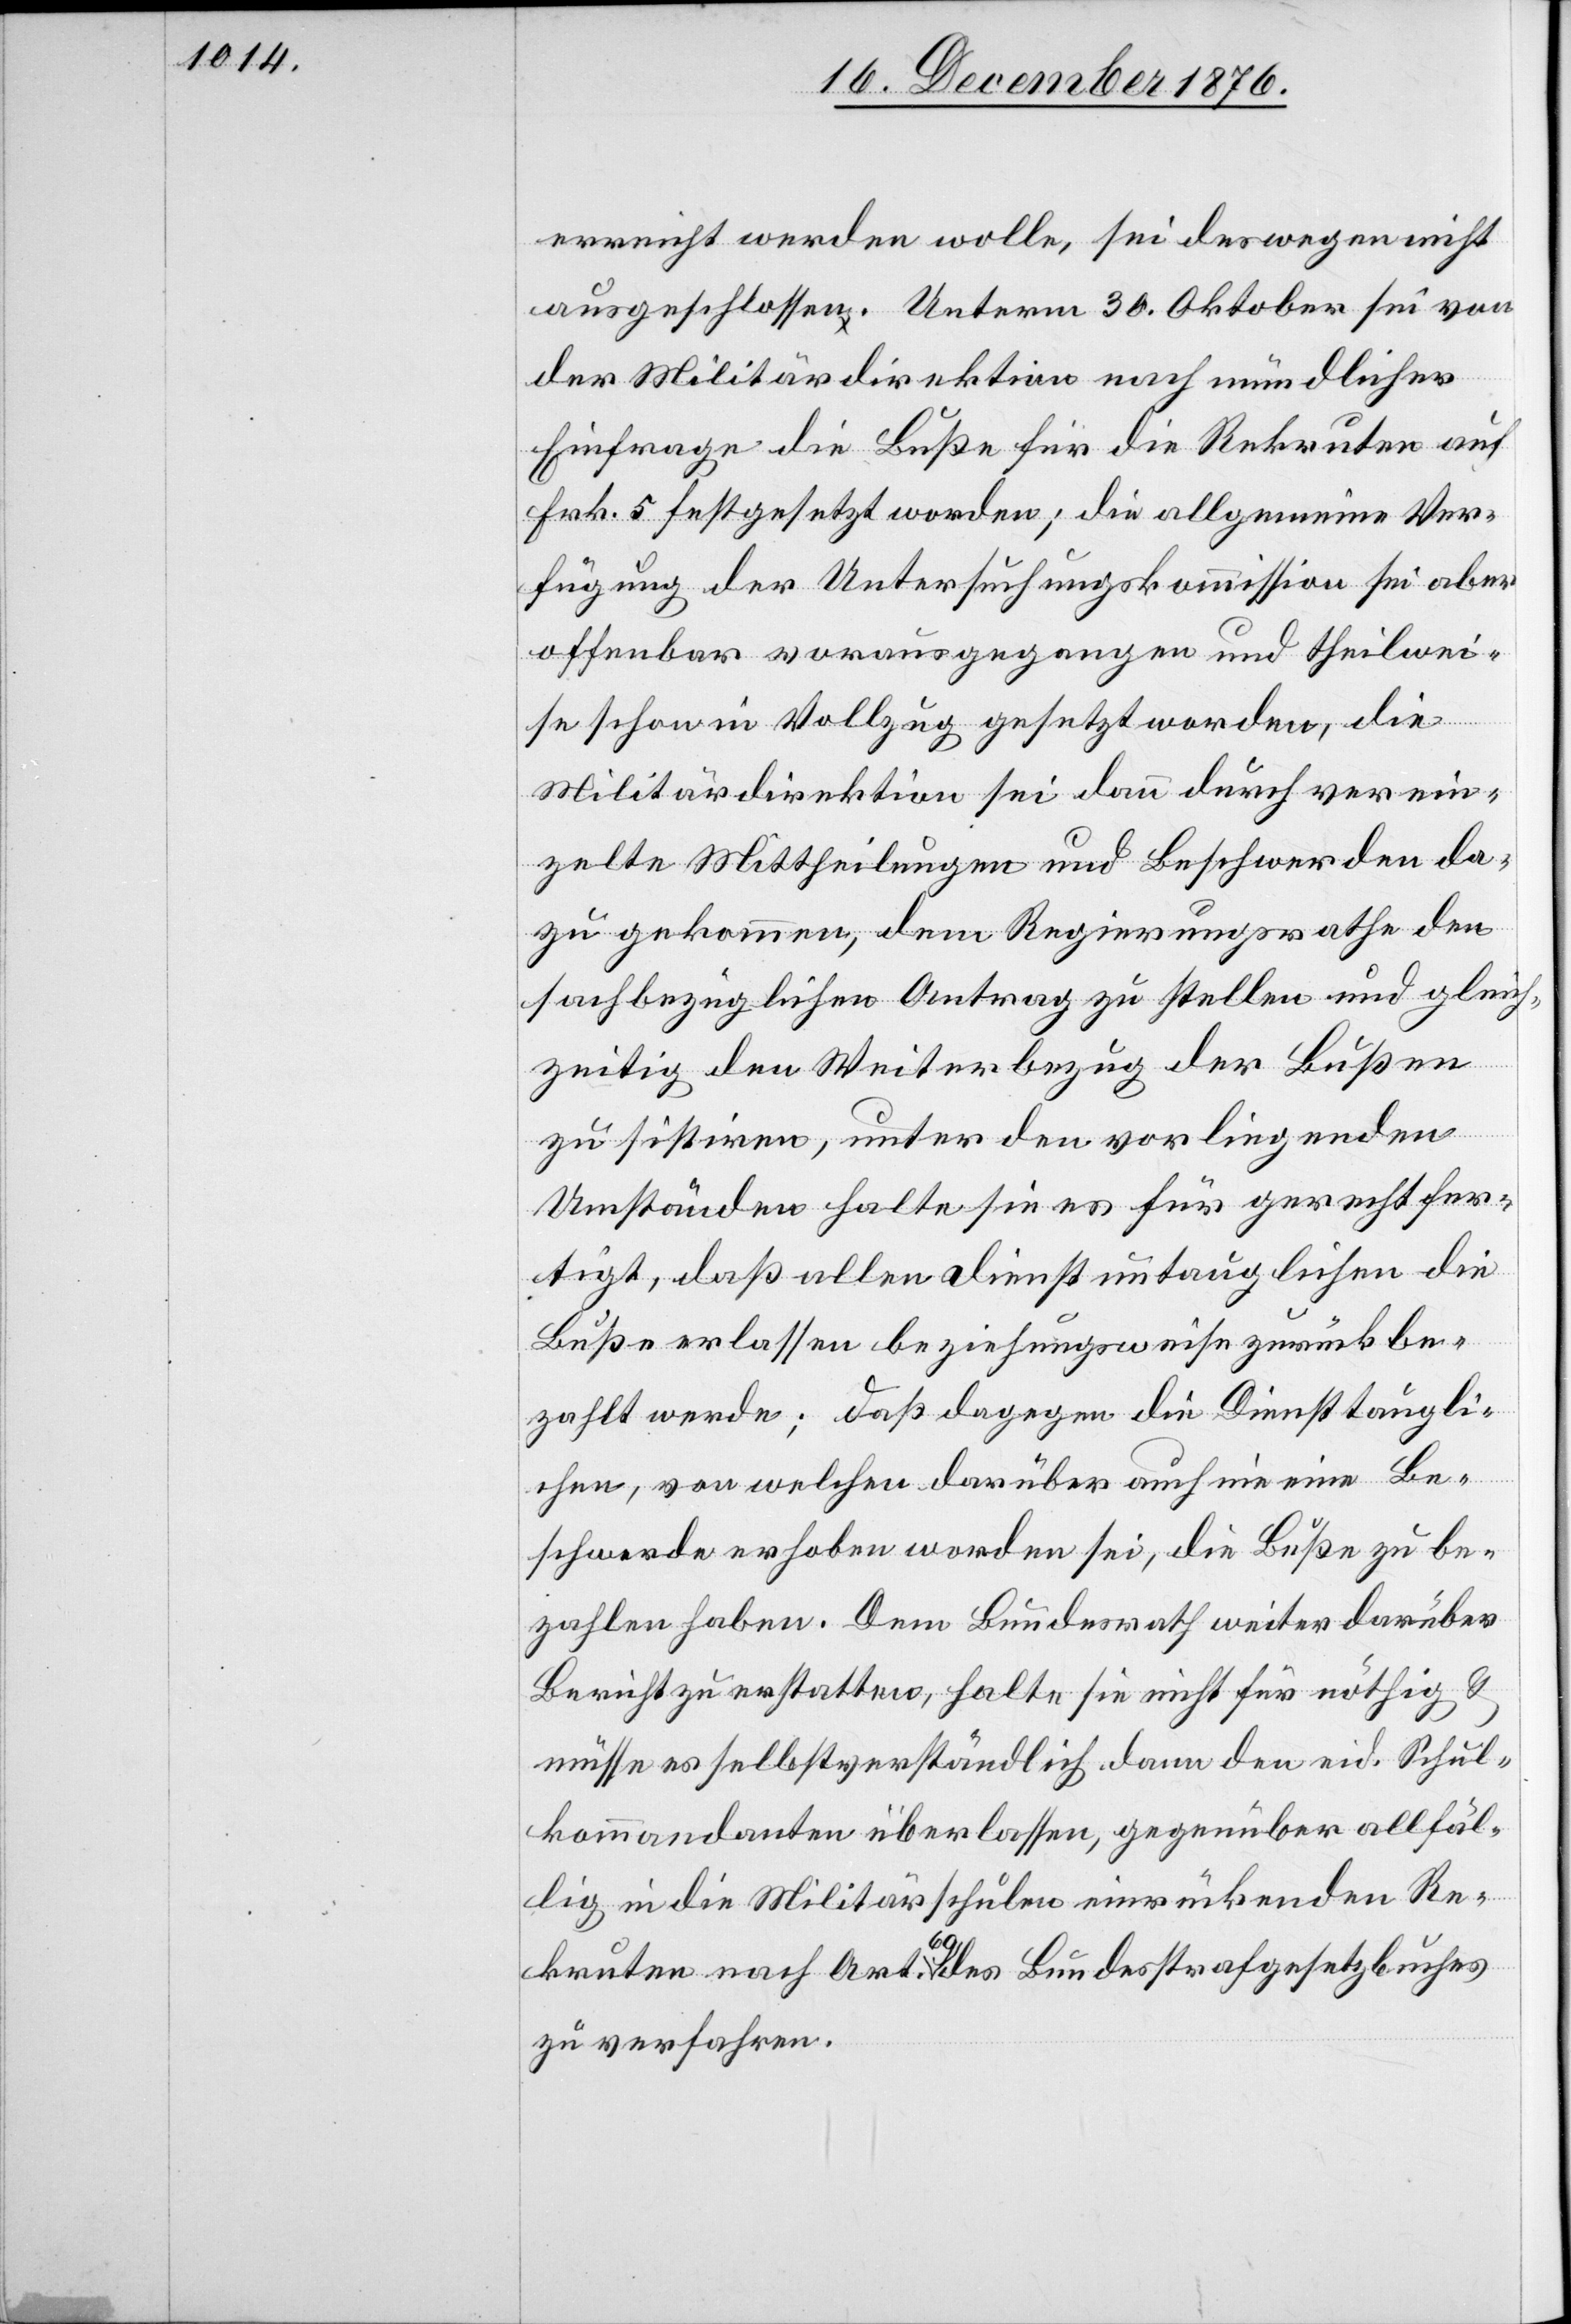
erreicht werden wolle, sei deswegen nicht
ausgeschlossen. Unterm 30. Oktober sei von
der Militärdirektion nach mündlicher
Einfrage die Buße für die Rekruten auf
Frk. 5 festgesetzt worden; die allgemeine Ver¬
fügung der Untersuchungskommission sei aber
offenbar vorausgegangen und theilwei¬
se schon in Vollzug gesetzt worden, die
Militärdirektion sei dann durch verein¬
zelte Mittheilungen und Beschwerden da¬
zu gekommen, dem Regierungsrathe den
sachbezüglichen Antrag zu stellen und gleich¬
zeitig den Weiterbezug der Bußen
zu sistiren, unter den vorliegenden
Umständen halte sie es für gerechtfer¬
tigt, daß allen dienstuntauglichen die
Buße erlassen beziehungsweise zurückbe¬
zahlt werde; daß dagegen die Diensttaugli¬
chen, von welchen darüber auch nie eine Be¬
schwerde erhoben worden sei, die Buße zu be¬
zahlen haben. Dem Bundesrath weiter darüber
Bericht zu erstatten, halte sie nicht für nöthig &
müsse es selbstverständlich dann den eid. Schul¬
kommandanten überlassen, gegenüber allfäl¬
lig in die Militärschulen einrückenden Re¬
kruten nach Art. 60 des Bundesstrafgesetzbuches
zu verfahren.